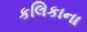
કલિકાના